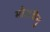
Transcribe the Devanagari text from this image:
मोक्षधेनु